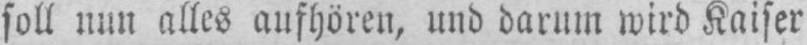
soll nun alles aufhören, und darum wird Kaiser